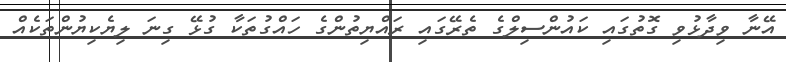
އޭނާ ވިދާޅުވި ގޮތުގައި ކައުންސިލްގެ ތެރޭގައި ރައްޔިތުންގެ ހައްގުތަކާ ގުޅޭ ގިނަ ލިޔެކިޔުންތަކެއް